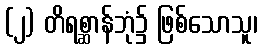
(၂) တိရစ္ဆာန်ဘုံ၌ ဖြစ်သောသူ၊